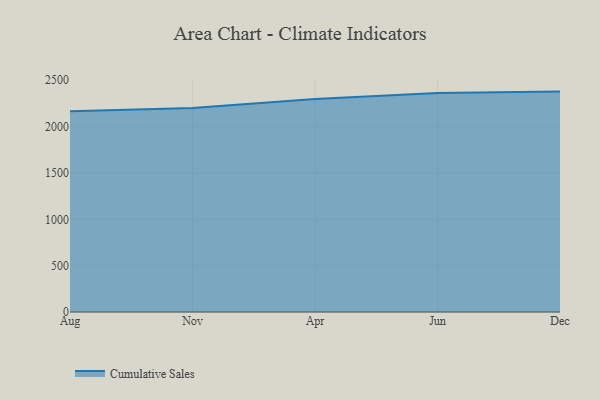
{"axis": {"x": "Month", "y": "Website Visitors"}, "legend": ["Cumulative Sales"], "data": [{"x": "Aug", "y": 2165.7, "type": "Cumulative Sales"}, {"x": "Nov", "y": 2200.8, "type": "Cumulative Sales"}, {"x": "Apr", "y": 2297.4, "type": "Cumulative Sales"}, {"x": "Jun", "y": 2363.3, "type": "Cumulative Sales"}, {"x": "Dec", "y": 2377.7, "type": "Cumulative Sales"}]}